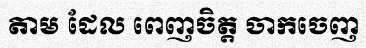
តាម ដែល ពេញចិត្ត ចាកចេញ